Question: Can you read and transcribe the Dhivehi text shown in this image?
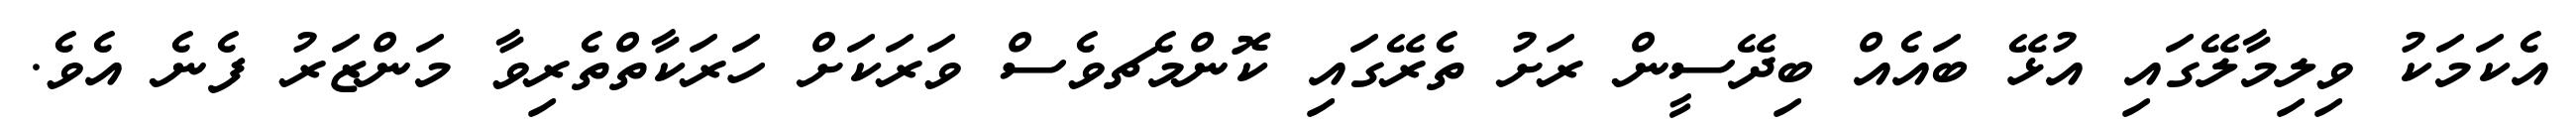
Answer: އެކަމަކު ވިލިމާލޭގައި އުޅޭ ބައެއް ބިދޭސީން ރަށު ތެރޭގައި ކޮންމެޗވެސް ވަރަކަށް ހަރަކާތްތެރިވާ މަންޒަރު ފެނެ އެވެ.